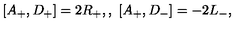
[ A _ { + } , D _ { + } ] = 2 R _ { + } , , \ [ A _ { + } , D _ { - } ] = - 2 L _ { - } ,